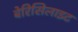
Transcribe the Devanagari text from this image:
बेरिसिलाइट